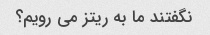
نگفتند ما به ریتز می رویم؟